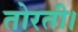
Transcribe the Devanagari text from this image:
तोरती।